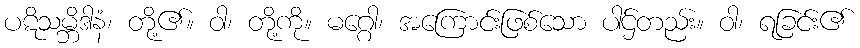
ပဋိသမ္ဘိဒါနံ၊ တို့၏။ ဝါ၊ တို့ကို။ မဂ္ဂေါ၊ အကြောင်းဖြစ်သော ပါဌ်တည်း။ ဝါ၊ ရခြင်း၏